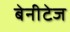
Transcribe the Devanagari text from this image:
बेनीटेज